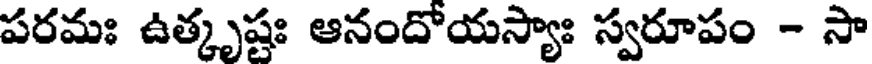
పరమః ఉత్కృష్టః ఆనందోయస్యాః స్వరూపం - సా